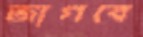
জাগবে